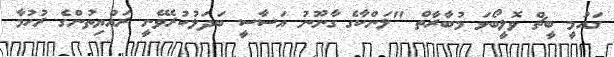
ގައުމީ ބީޗް ވޮލީބޯޅަ މުބާރާތް "ލަންކާގެ ގާނޫނު އަސާސީ ބަދަލުކުރެވޭނީ ރައްޔިތުންގެ ރުހުމާ